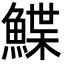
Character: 鰈